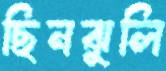
ছিনঝুলি